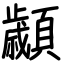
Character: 顪